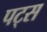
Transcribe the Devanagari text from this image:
पट्स